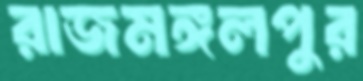
রাজমঙ্গলপুর